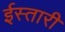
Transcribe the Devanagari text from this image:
ईस्तारी